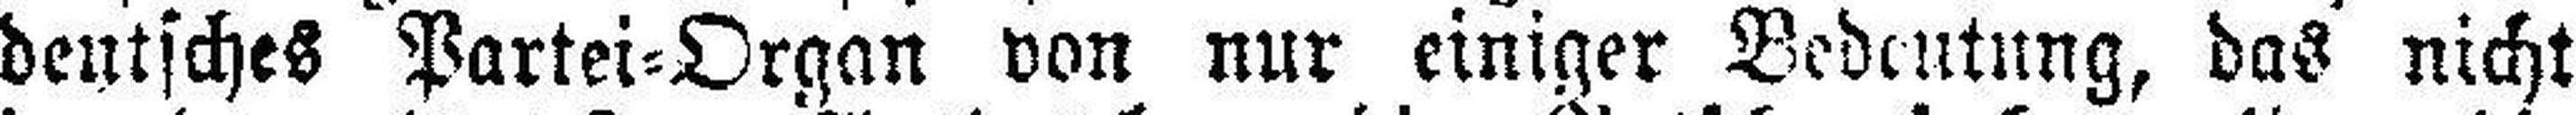
deutsches Partei=Organ von nur einiger Bedeutung, das nicht